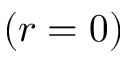
( r = 0 )